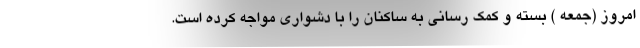
امروز (جمعه ) بسته و کمک رسانی به ساکنان را با دشواری مواجه کرده است.